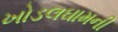
ખોડલઘામની